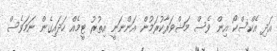
އަދި އެކްސްކޯ އިން ވެސް މަޝްވަރާކުރަމުން އަންނަނީ އިތުރު ޓީމެއް ހަދައިގެން ނަމަވެސް